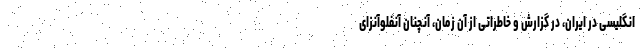
انگلیسی در ایران، در گزارش و خاطراتی از آن زمان، آنچنان آنفلوآنزای